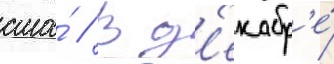
сша́ // В д'екабр'е́